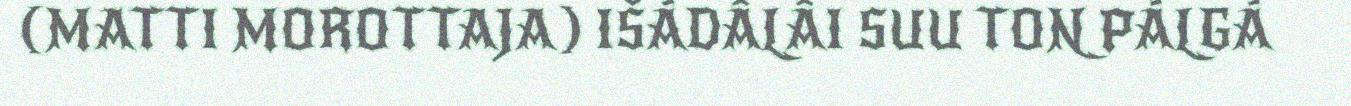
(MATTI MOROTTAJA) IŠÁDÂLÂI SUU TON PÁLGÁ